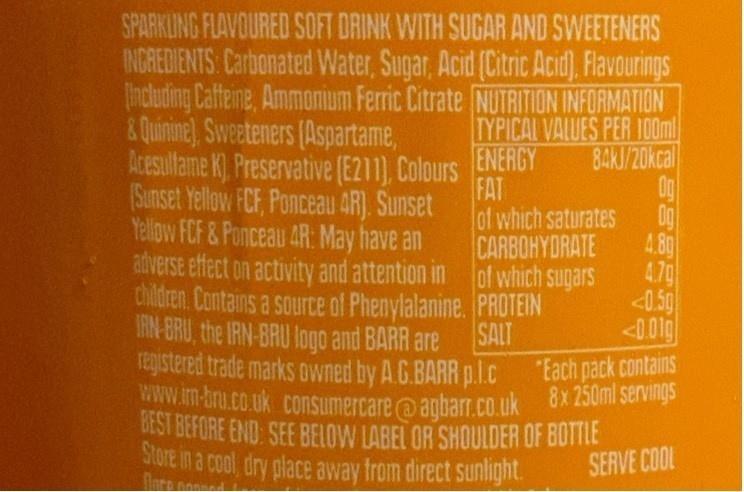
registered trade marks owned by A.G.BARR p.lc Each pack contains
www.im-bru.co.uk consumercare@agbarT.CO.uk 8x 250ml servings
BEST BEFORE END: SEE BELOW LABEL OR SHOULDER OF BOTTLE
SPARKLING FLAVOURED SOFT DRINK WITH SUGAR AND SWEETENERS INGAEDIENTS Carbonated Water, Sugar, Acid (Citric Acid). Flavourings including Caffeine, Ammonium Ferric Citrate NUTRITION INFORMATION TYPICAL VALUES PER 100m 84KJ/20kcal 0g 0g
&Quinine) Sweeteners (Aspartame, Acesullame K) Preservative (E211), Colours
ENERGY
(Sunset Yellow FCF, Ponceau 4R). Sunset
FAT
Yellow FCF & Ponceau 4R: May have an
of which saturates 4.8g
CARBOHYDRATE adverse effect on activity and attention in of which sugars
4.7g <0.5g <0.01g
chidren. Contains a source of Phenylalanine. PRDTEIN
IRN-BRU, the IRN-BRU logo and BARR are
SALT
W.m-aru.co.uk consumercare@anbar.cO uk 8x 250ml servings
SOTE in a cool, dry place away from direct sunlight.
SERVE COOL